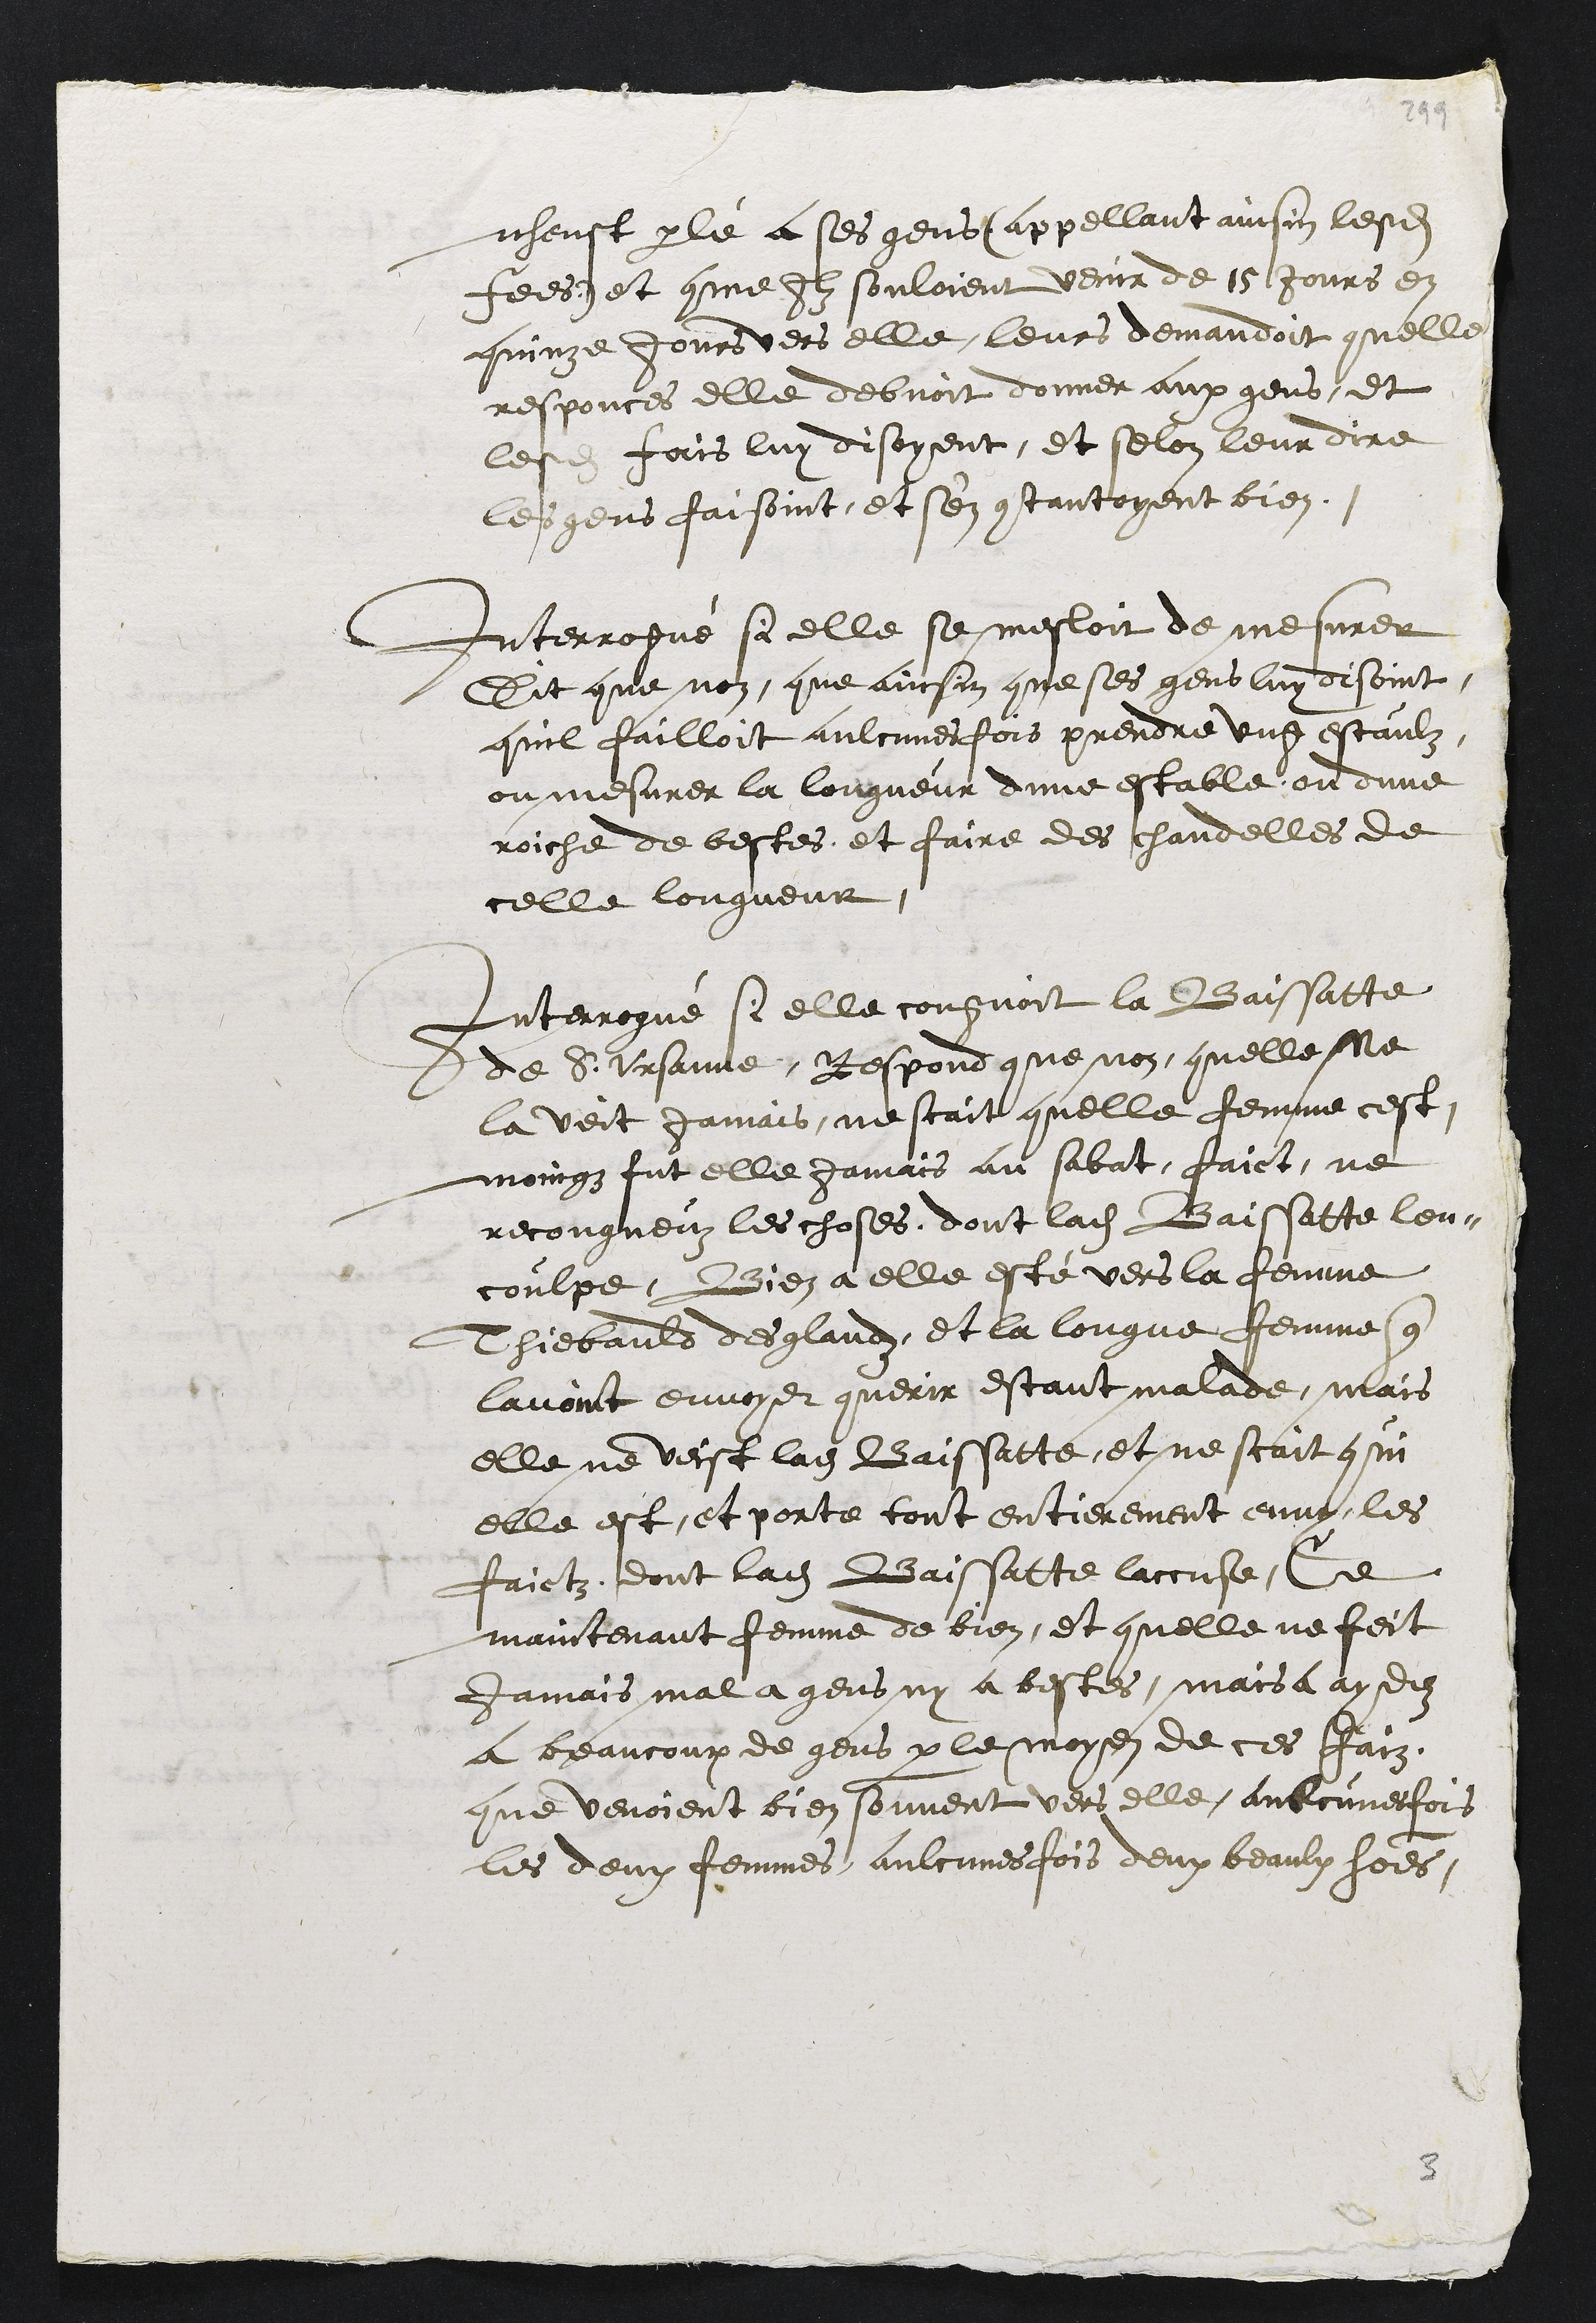
nheust parlé a ses gens (appellant ainsin lesdits
fees) et comme ilz souloient venir de 15 Jours en
quinze jours vers elle, leurs demandoit quelle
responces elle debvoit donner aux gens, et
lesdites fais luy disoyent, et selon leur dire
les gens faisoint, et s'en contantoyent bien.
Interrogué si elle se mesloit de mesurer
Dit que non, que ainsin que ses gens luy disoint
quil failloit aulcunes fois prendre ung estaulz
ou mesurer la longueur dune estable ou dune
roiche de bestes et faire des chandelles de
celle longueur.
Interrogué si elle congnoit la Baissatte
de St Ursanne, Respond que non, quelle ne
la veit Jamais ne scait quelle femme cest,
moingz fut elle jamais au sabat, faict, ne
recongneuz les choses dont ladite Baissatte len-
coulpe, Bien a elle esté vers la femme
Thiebauld desglandz, et la longue femme que
lavoint envoyer querir estant malade, mais
elle ne veist ladite Baissatte, et ne scait qui
elle est, et porte tout entierement enny les
faictz, dont ladite Baissatte laccuse, Ce
maintenant femme de bien, et quelle ne feit
jamais mal a gens ny a bestes, mais a aydez
a beaucoup de gens par le moyen de ces Faiz
que venoient bien souvent vers elle aulcunesfois
les deux femmes, aulcunes fois deux beaulx hommes,
3